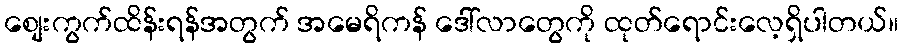
စျေးကွက်ထိန်းရန်အတွက် အမေရိကန် ဒေါ်လာတွေကို ထုတ်ရောင်းလေ့ရှိပါတယ်။